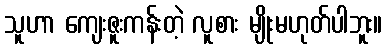
သူဟာ ကျေးဇူးကန်းတဲ့ လူစား မျိုးမဟုတ်ပါဘူး။